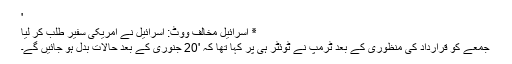
'
٭ اسرائیل مخالف ووٹ: اسرائیل نے امریکی سفیر طلب کر لیا
جمعے کو قرارداد کی منظوری کے بعد ٹرمپ نے ٹوئٹر ہی پر کہا تھا کہ '20 جنوری کے بعد حالات بدل ہو جائیں گے۔